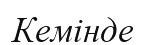
Кемінде